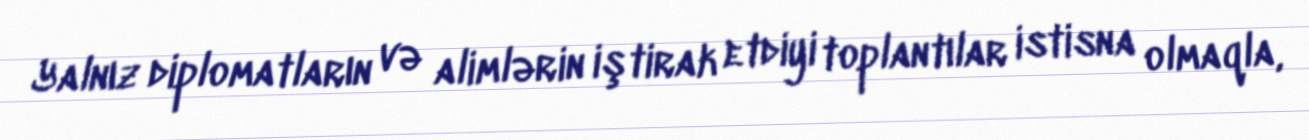
Yalnız diplomatların və alimlərin iştirak etdiyi toplantılar istisna olmaqla,